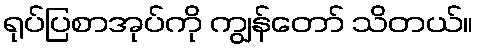
ရုပ်ပြစာအုပ်ကို ကျွန်တော် သိတယ်။